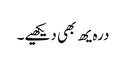
درہ یھ بھی دیکھیے۔